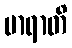
မာရာတိ